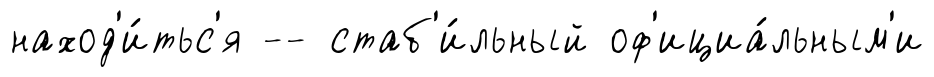
наход'и́тьс'я -- стаб'и́льный оф'ициа́льным'и